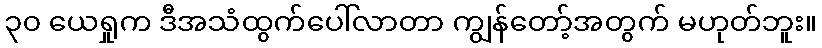
၃၀ ယေရှုက ဒီအသံထွက်ပေါ်လာတာ ကျွန်တော့်အတွက် မဟုတ်ဘူး။